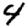
Digit: 4